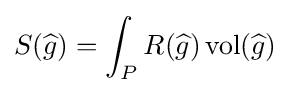
S({\widehat {g}})=\int _{P}R({\widehat {g}})\operatorname {vol} ({\widehat {g}})